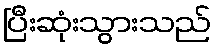
ပြီးဆုံးသွားသည်